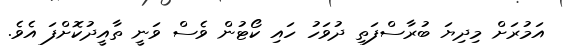
އަމުރަށް މިދިޔަ ބުރާސްފަތި ދުވަހު ހައި ކޯޓުން ވެސް ވަނީ ތާއީދުކޮށްފަ އެވެ.